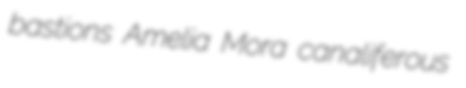
bastions Amelia Mora canaliferous